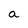
Character: a